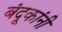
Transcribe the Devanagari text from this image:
बंदूकांनी